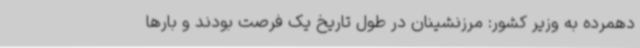
دهمرده به وزیر کشور: مرزنشینان در طول تاریخ یک فرصت بودند و بارها